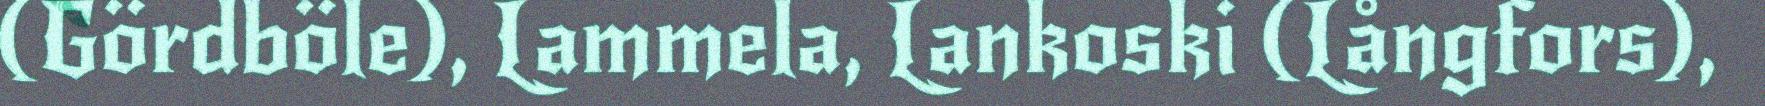
(Gördböle), Lammela, Lankoski (Långfors),